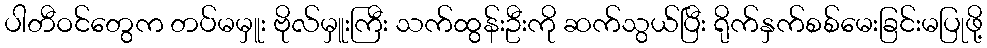
ပါတီဝင်တွေက တပ်မမှူး ဗိုလ်မှူးကြီး သက်ထွန်းဦးကို ဆက်သွယ်ပြီး ရိုက်နှက်စစ်မေးခြင်းမပြုဖို့